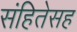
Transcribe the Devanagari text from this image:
संहितेसह